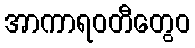
အာကာရဝတီတွေဝ